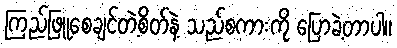
ကြည်ဖြူစေချင်တဲ့စိတ်နဲ့ သည်စကားကို ပြောခဲ့တာပါ။